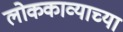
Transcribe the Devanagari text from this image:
लोककाव्याच्या